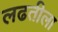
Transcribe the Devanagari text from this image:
लढतीला